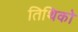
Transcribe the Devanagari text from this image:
तिथिको